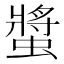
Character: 螿